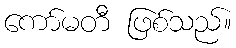
ကော်မတီ ဖြစ်သည်။